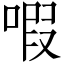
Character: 㗇